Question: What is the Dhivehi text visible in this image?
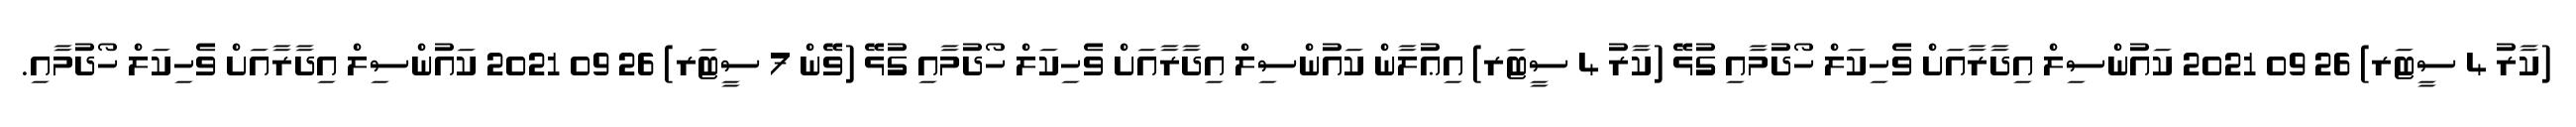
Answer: (ކާރު 4 ސީޓަރ) 26 09 2021 ކައުންސިލް އިދާރާއަށް ވެހިކަލް ހޯދުމާއި ގުޅޭ (ކާރު 4 ސީޓަރ) އިޢުލާން ކައުންސިލް އިދާރާއަށް ވެހިކަލް ހޯދުމާއި ގުޅޭ (ވޭން 7 ސީޓަރ) 26 09 2021 ކައުންސިލް އިދާރާއަށް ވެހިކަލް ހޯދުމާއި.